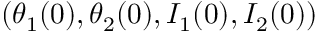
( \theta _ { 1 } ( 0 ) , \theta _ { 2 } ( 0 ) , I _ { 1 } ( 0 ) , I _ { 2 } ( 0 ) )